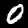
Digit: 0